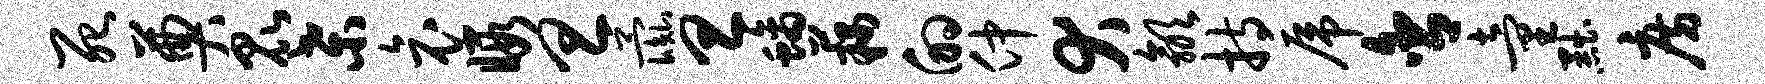
死奠昆桑哀暇旦彘旦螭藕的仲犬歙持虎舍童黜房